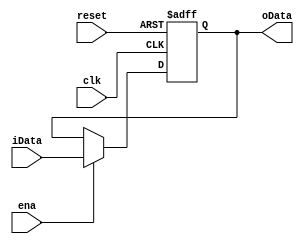
`timescale 1ns / 1ps
//////////////////////////////////////////////////////////////////////////////////
// Company: 
// Engineer: 
// 
// Design Name: 
// Module Name: selector41
// Project Name: 
// Target Devices: 
// Tool Versions: 
// Description: 
// 
// Dependencies: 
// 
// Revision:
// Revision 0.01 - File Created
// Additional Comments:
// 
//////////////////////////////////////////////////////////////////////////////////

module pc(clk,reset,ena,iData,oData);
    input clk;
    input [31:0]iData;
    input ena;
    input reset;
    output wire [31:0]oData;
    reg [31:0]data=32'b0000_0000_0100_0000_0000_0000_0000_0000;
    always@(negedge clk or posedge reset)
    begin
        if(reset==1)data<=32'b0000_0000_0100_0000_0000_0000_0000_0000;
        else 
            begin
                if(ena)data<=iData;
            end
    end
    assign oData=data;
    
endmodule